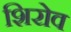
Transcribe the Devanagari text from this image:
शिरोव